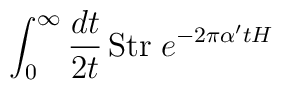
\int_0 ^\infty \frac{dt}{2t} \,\mbox{Str}\; e^{-2\pi \alpha^\prime tH}